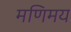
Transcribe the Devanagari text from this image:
मणिमय